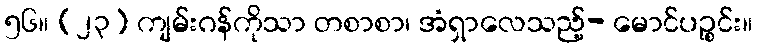
၅၆။ (၂၃) ကျမ်းဂန်ကိုသာ တစာစာ၊ အံရှာလေသည့်- မောင်ပဉ္စင်း။